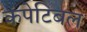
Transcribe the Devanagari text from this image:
कंपेटिबल